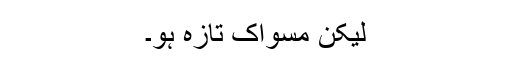
لیکن مسواک تازہ ہو۔